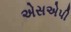
એસએપી